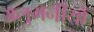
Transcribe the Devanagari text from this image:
अलुमनीयों